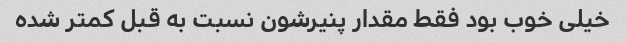
خیلی خوب بود فقط مقدار پنیرشون نسبت به قبل کمتر شده